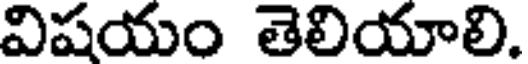
విషయం తెలియాలి.